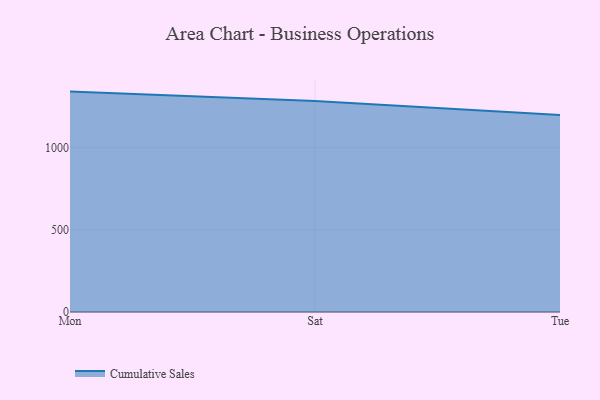
{"axis": {"x": "Day", "y": "Population (Million)"}, "legend": ["Cumulative Sales"], "data": [{"x": "Mon", "y": 1341.5, "type": "Cumulative Sales"}, {"x": "Sat", "y": 1284.9, "type": "Cumulative Sales"}, {"x": "Tue", "y": 1198.8, "type": "Cumulative Sales"}]}